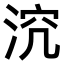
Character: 𣵆